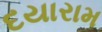
દયારામ